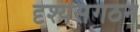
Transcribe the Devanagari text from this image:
दृश्यसंगठन